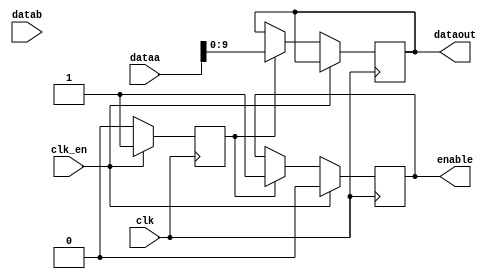
module lcd(
	
	input [31:0] dataa, // dados para ao
	input [31:0] datab, // sados escrever LCD
	input clk,
	input clk_en,
          
	output reg enable,
	output reg [9:0] dataout // sada o LCD, dados
);
	
	
	reg    write = 1'b0;
	always @(posedge clk)
		 if(clk_en) begin
			 enable    <= 1'b0;
			 write <= 1'b1; 
		 end else if(write) begin
			 enable    <= 1'b1;
			 dataout[9:0] <= dataa[9:0];
			 write <= 1'b0;
		 end
endmodule